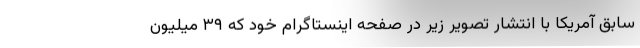
سابق آمریکا با انتشار تصویر زیر در صفحه اینستاگرام خود که ۳۹ میلیون